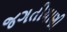
જગતીયાણી